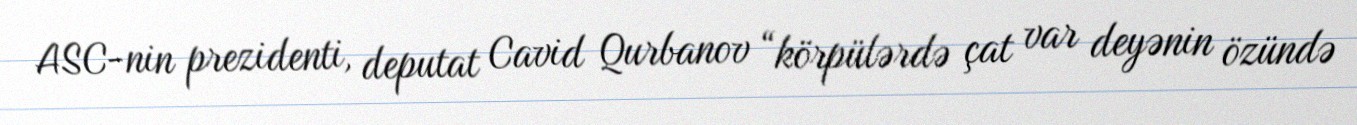
ASC-nin prezidenti, deputat Cavid Qurbanov “körpülərdə çat var deyənin özündə